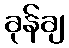
ခုန်ချ